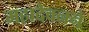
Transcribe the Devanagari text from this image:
महादेवनने